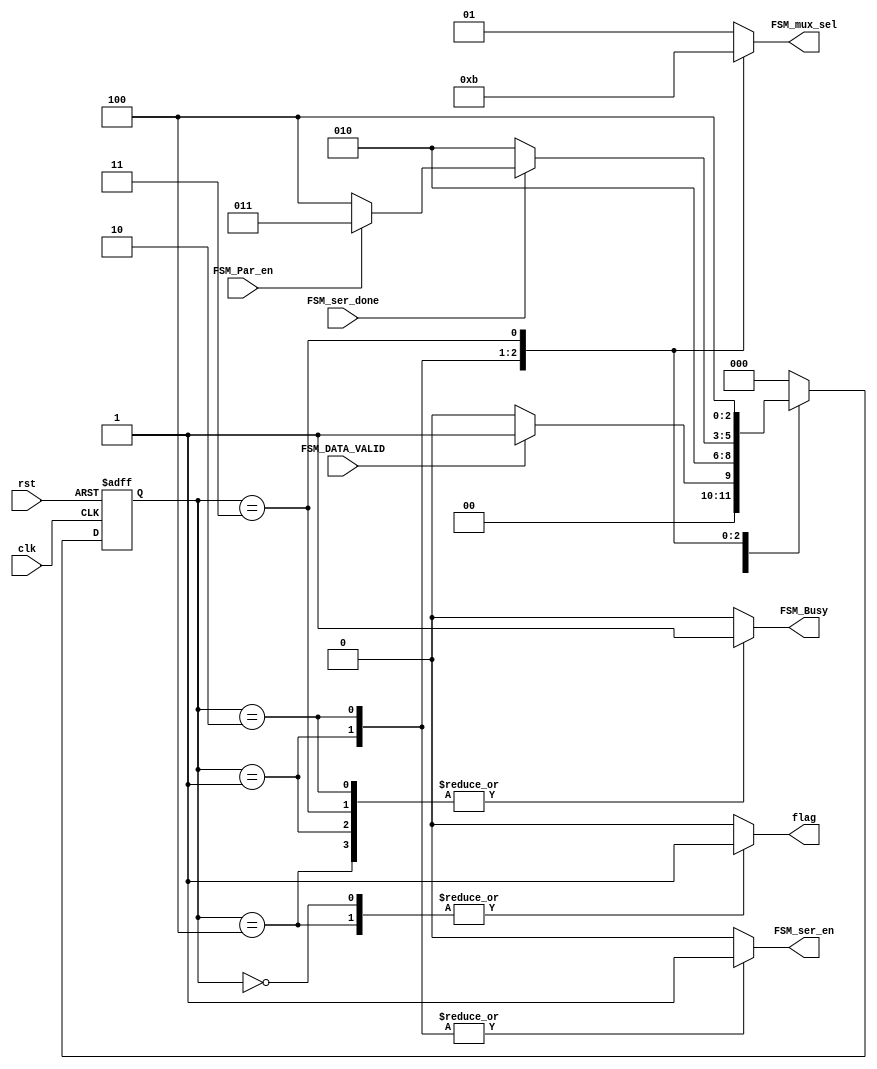
module UART_TX_FSM #(
    parameter DATA_WIDTH_FSM = 8 
) (
    input  wire clk, rst,
    input  wire FSM_DATA_VALID,
    input  wire FSM_ser_done,
    input  wire FSM_Par_en,
    output reg  FSM_ser_en,
    output reg  [1 : 0] FSM_mux_sel,
    output reg  FSM_Busy,
    // Flag to Avoid input new data when sending frame
    output reg  flag    
);

// FSM States
localparam [2 : 0] IDLE   = 3'b000,
                   START  = 3'b001,
                   DATA   = 3'b010,
                   PARITY = 3'b011,
                   STOP   = 3'b100;

// MUX Selection
localparam [1 : 0] Start_bit = 2'b00,
                   Stop_bit  = 2'b01,
                   Ser_data  = 2'b10,
                   Par_bit   = 2'b11;

// Current state and next state
reg  [2 : 0] current_state, next_state;

// Asynchronous reset
always @(posedge clk or negedge rst) begin
    if(!rst) begin
        current_state <= IDLE;
    end
    else begin
        current_state <= next_state;
    end 
end

// next state logic and output
always @(*) begin

    // Initial Values
    FSM_Busy       = 1'b0;
    FSM_ser_en     = 1'b0;
    flag           = 1'b0;
    FSM_mux_sel    = Stop_bit;

    case (current_state)
        // IDLE State
        IDLE: begin
            FSM_Busy    = 1'b0;
            FSM_ser_en  = 1'b0;
            flag        = 1'b1;
            FSM_mux_sel = Stop_bit;
            if (FSM_DATA_VALID && flag) begin
                next_state = START;
            end
            else begin
                next_state = IDLE;
            end
        end

        // Start State
        START: begin
            FSM_mux_sel = Start_bit;
            FSM_ser_en  = 1'b1; 
            FSM_Busy    = 1'b1;
            flag        = 1'b0;
            next_state  = DATA;
        end

        // Data State
        DATA: begin
            FSM_ser_en     = 1'b1;
            FSM_mux_sel    = Ser_data;
            FSM_Busy       = 1'b1;
            flag           = 1'b0;
            if (FSM_ser_done) begin
               if(FSM_Par_en) begin
                next_state = PARITY;
            end
            else begin
                next_state = STOP;
            end  
            end
            else begin
                next_state = DATA;
            end            
        end

        // Parity State
        PARITY: begin
            FSM_ser_en     = 1'b0;
            FSM_mux_sel    = Par_bit;
            FSM_Busy       = 1'b1;
            next_state     = STOP; 
            flag           = 1'b0; 
        end

        // Stop State
        STOP: begin
            FSM_ser_en     = 1'b0;
            FSM_mux_sel    = Stop_bit;
            FSM_Busy       = 1'b1;
            flag           = 1'b1;
            next_state     = IDLE;
            /*if (FSM_DATA_VALID) begin
                next_state = START;
            end
            else begin
                next_state = IDLE;
            end*/
        end

        // Default State
        default: begin
            next_state = IDLE;
        end
    endcase
    
end

endmodule